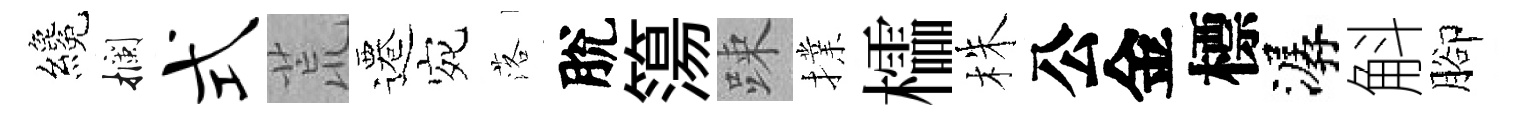
纔攔式荒遷宛落脫簜踈擈櫺株公金標潺斛腳